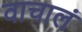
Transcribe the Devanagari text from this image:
वाचालं